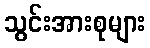
သွင်းအားစုများ